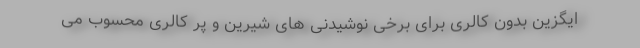
ایگزین بدون کالری برای برخی نوشیدنی های شیرین و پر کالری محسوب می